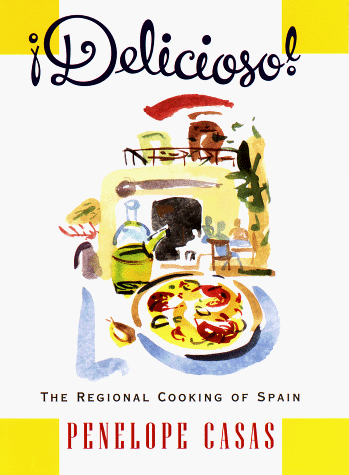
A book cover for Delicioso!  The Regional Cooking of Spain; Penelope Casas; Cookbooks, Food & Wine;